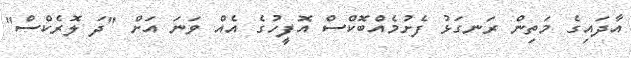
އާދައިގެ މަތިން ރަނގަޅު ފެށުމެއްބޮކްސް އޮފީހުގެ އެއް ވަނަ އަށް "ދަ ލޮރެކްސް"